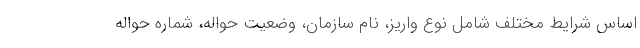
اساس شرایط مختلف شامل نوع واریز، نام سازمان، وضعیت حواله، شماره حواله